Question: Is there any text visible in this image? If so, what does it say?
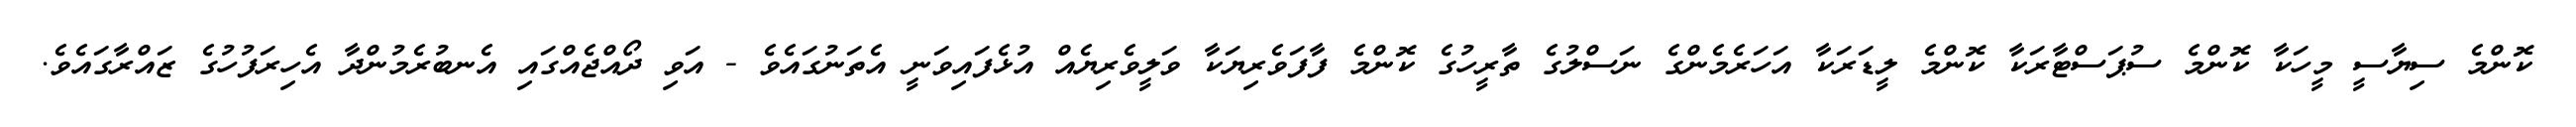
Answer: ކޮންމެ ސިޔާސީ މީހަކާ ކޮންމެ ސުޕަސްޓާރަކާ ކޮންމެ ލީޑަރަކާ އަހަރެމެންގެ ނަސްލުގެ ތާރީހުގެ ކޮންމެ ފާފަވެރިޔަކާ ވަލީވެރިޔެއް އުޅެފައިވަނީ އެތަނުގައެވެ - އަވި ދޯއްޖެއްގައި އެނބުރެމުންދާ އެހިރަފުހުގެ ޒައްރާގައެވެ.